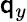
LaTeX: \mathsf{q}_{y}